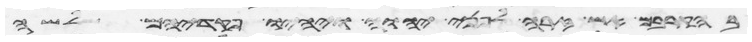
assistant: בהקריבם אש זרה לפני יהוה ויהיו פקדיהם שלשה